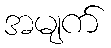
အမျက်